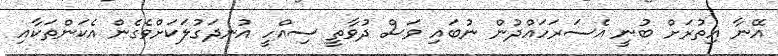
އޭނާ އިތުރަށް ބުނީ އެސަރަހައްދުން ނުބައި ވަސް ދުވާތީ ސިއްހީ އުނދަގުލަކަށްވެގެން އެކަންތަކާއި